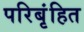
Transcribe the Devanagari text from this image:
परिबृंहित